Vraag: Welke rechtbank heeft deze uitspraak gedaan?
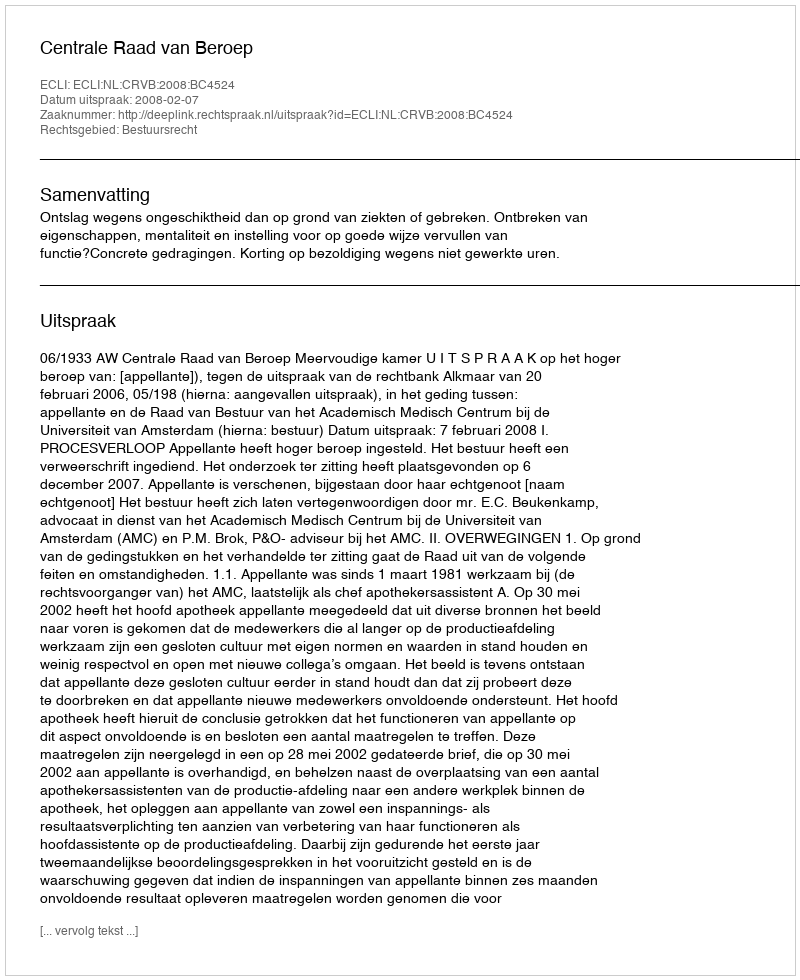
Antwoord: Centrale Raad van Beroep